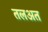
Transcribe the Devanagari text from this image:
तलअत